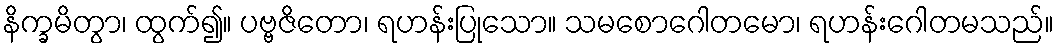
နိက္ခမိတွာ၊ ထွက်၍။ ပဗ္ဗဇိတော၊ ရဟန်းပြုသော။ သမစောဂေါတမော၊ ရဟန်းဂေါတမသည်။